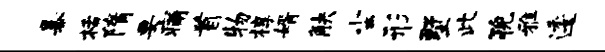
暴栝隋要痛首物椁婿觖尘形墅此猊雅逶